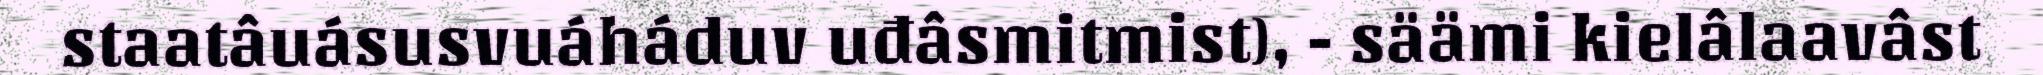
staatâuásusvuáháduv uđâsmitmist), - säämi kielâlaavâst